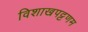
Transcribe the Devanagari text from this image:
विशाखपट्टणम